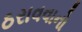
ઠરાવવાનો